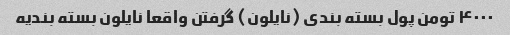
۴۰۰۰ تومن پول بسته بندی (نایلون) گرفتن واقعا نایلون بسته بندیه